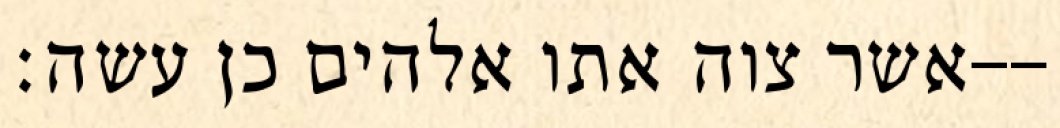
אשר צוה אתו אלהים כן עשה׃--